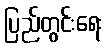
ပြည်တွင်းရေး